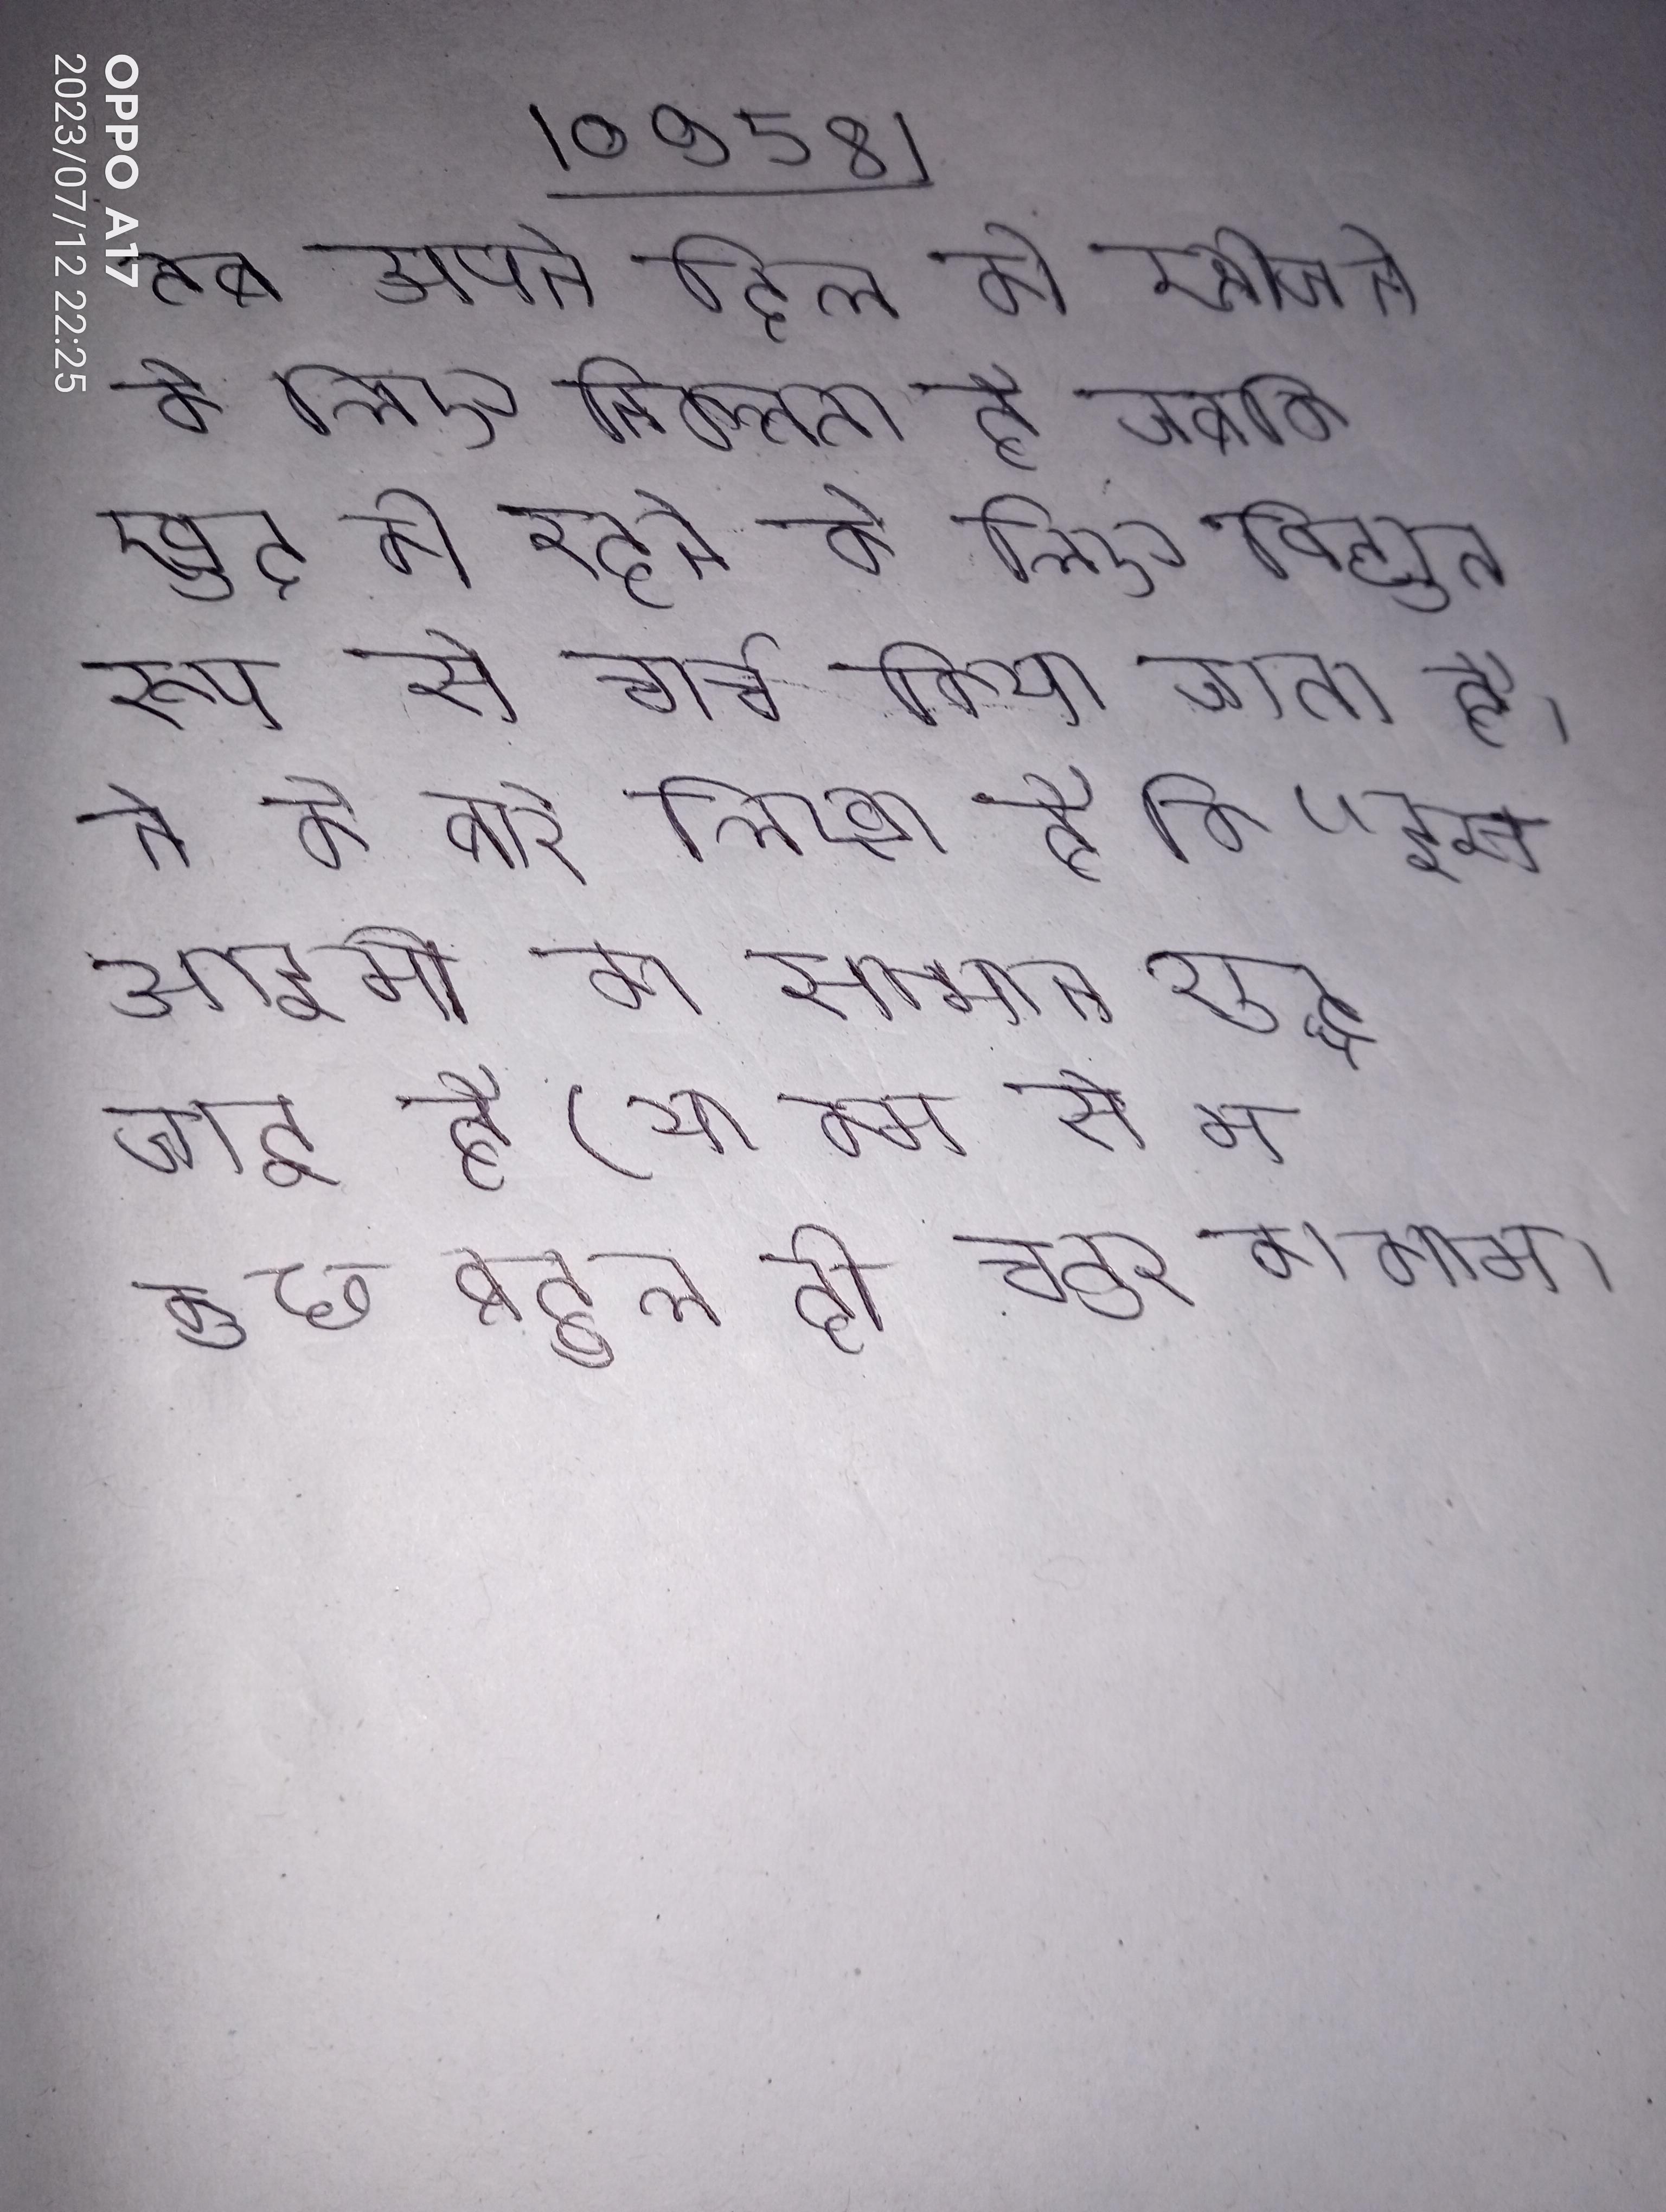
तब अपने दिल को खोजने के लिए निकलता है जबकि खुद को रहने के लिए विद्युत रूप से चार्ज किया जाता है । ने के बारे लिखा है कि "इस आदमी का सामान शुद्ध जादू है (या कम से कम कुछ बहुत ही चतुर का काम ।